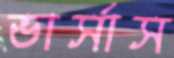
ভার্সাস